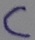
Text: C